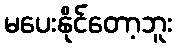
မပေးနိုင်တော့ဘူး